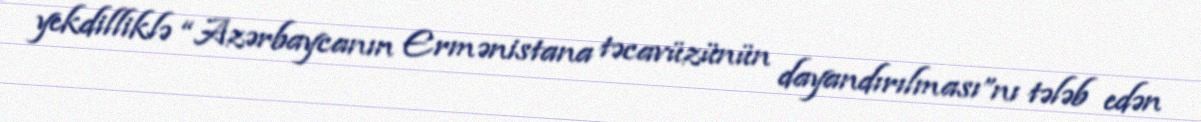
yekdilliklə “Azərbaycanın Ermənistana təcavüzünün dayandırılması”nı tələb edən